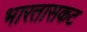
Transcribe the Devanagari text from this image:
भारतासकट